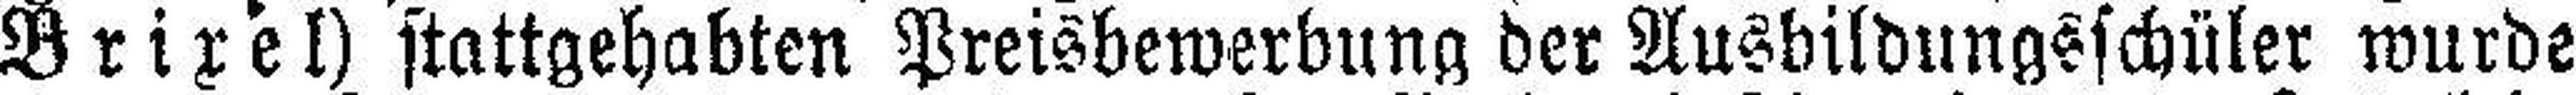
Brixel) stattgehabten Preisbewerbung der Ausbildungsschüler wurde